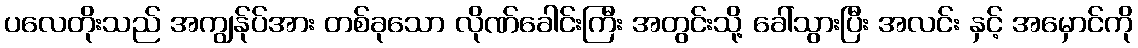
ပလေတိုးသည် အကျွန်ုပ်အား တစ်ခုသော လိုဏ်ခေါင်းကြီး အတွင်းသို့ ခေါ်သွားပြီး အလင်း နှင့် အမှောင်ကို